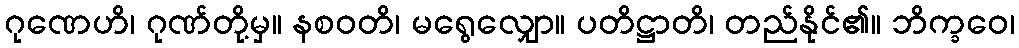
ဂုဏေဟိ၊ ဂုဏ်တို့မှ။ နစဝတိ၊ မရွေလျှော။ ပတိဋ္ဌာတိ၊ တည်နိုင်၏။ ဘိက္ခဝေ၊